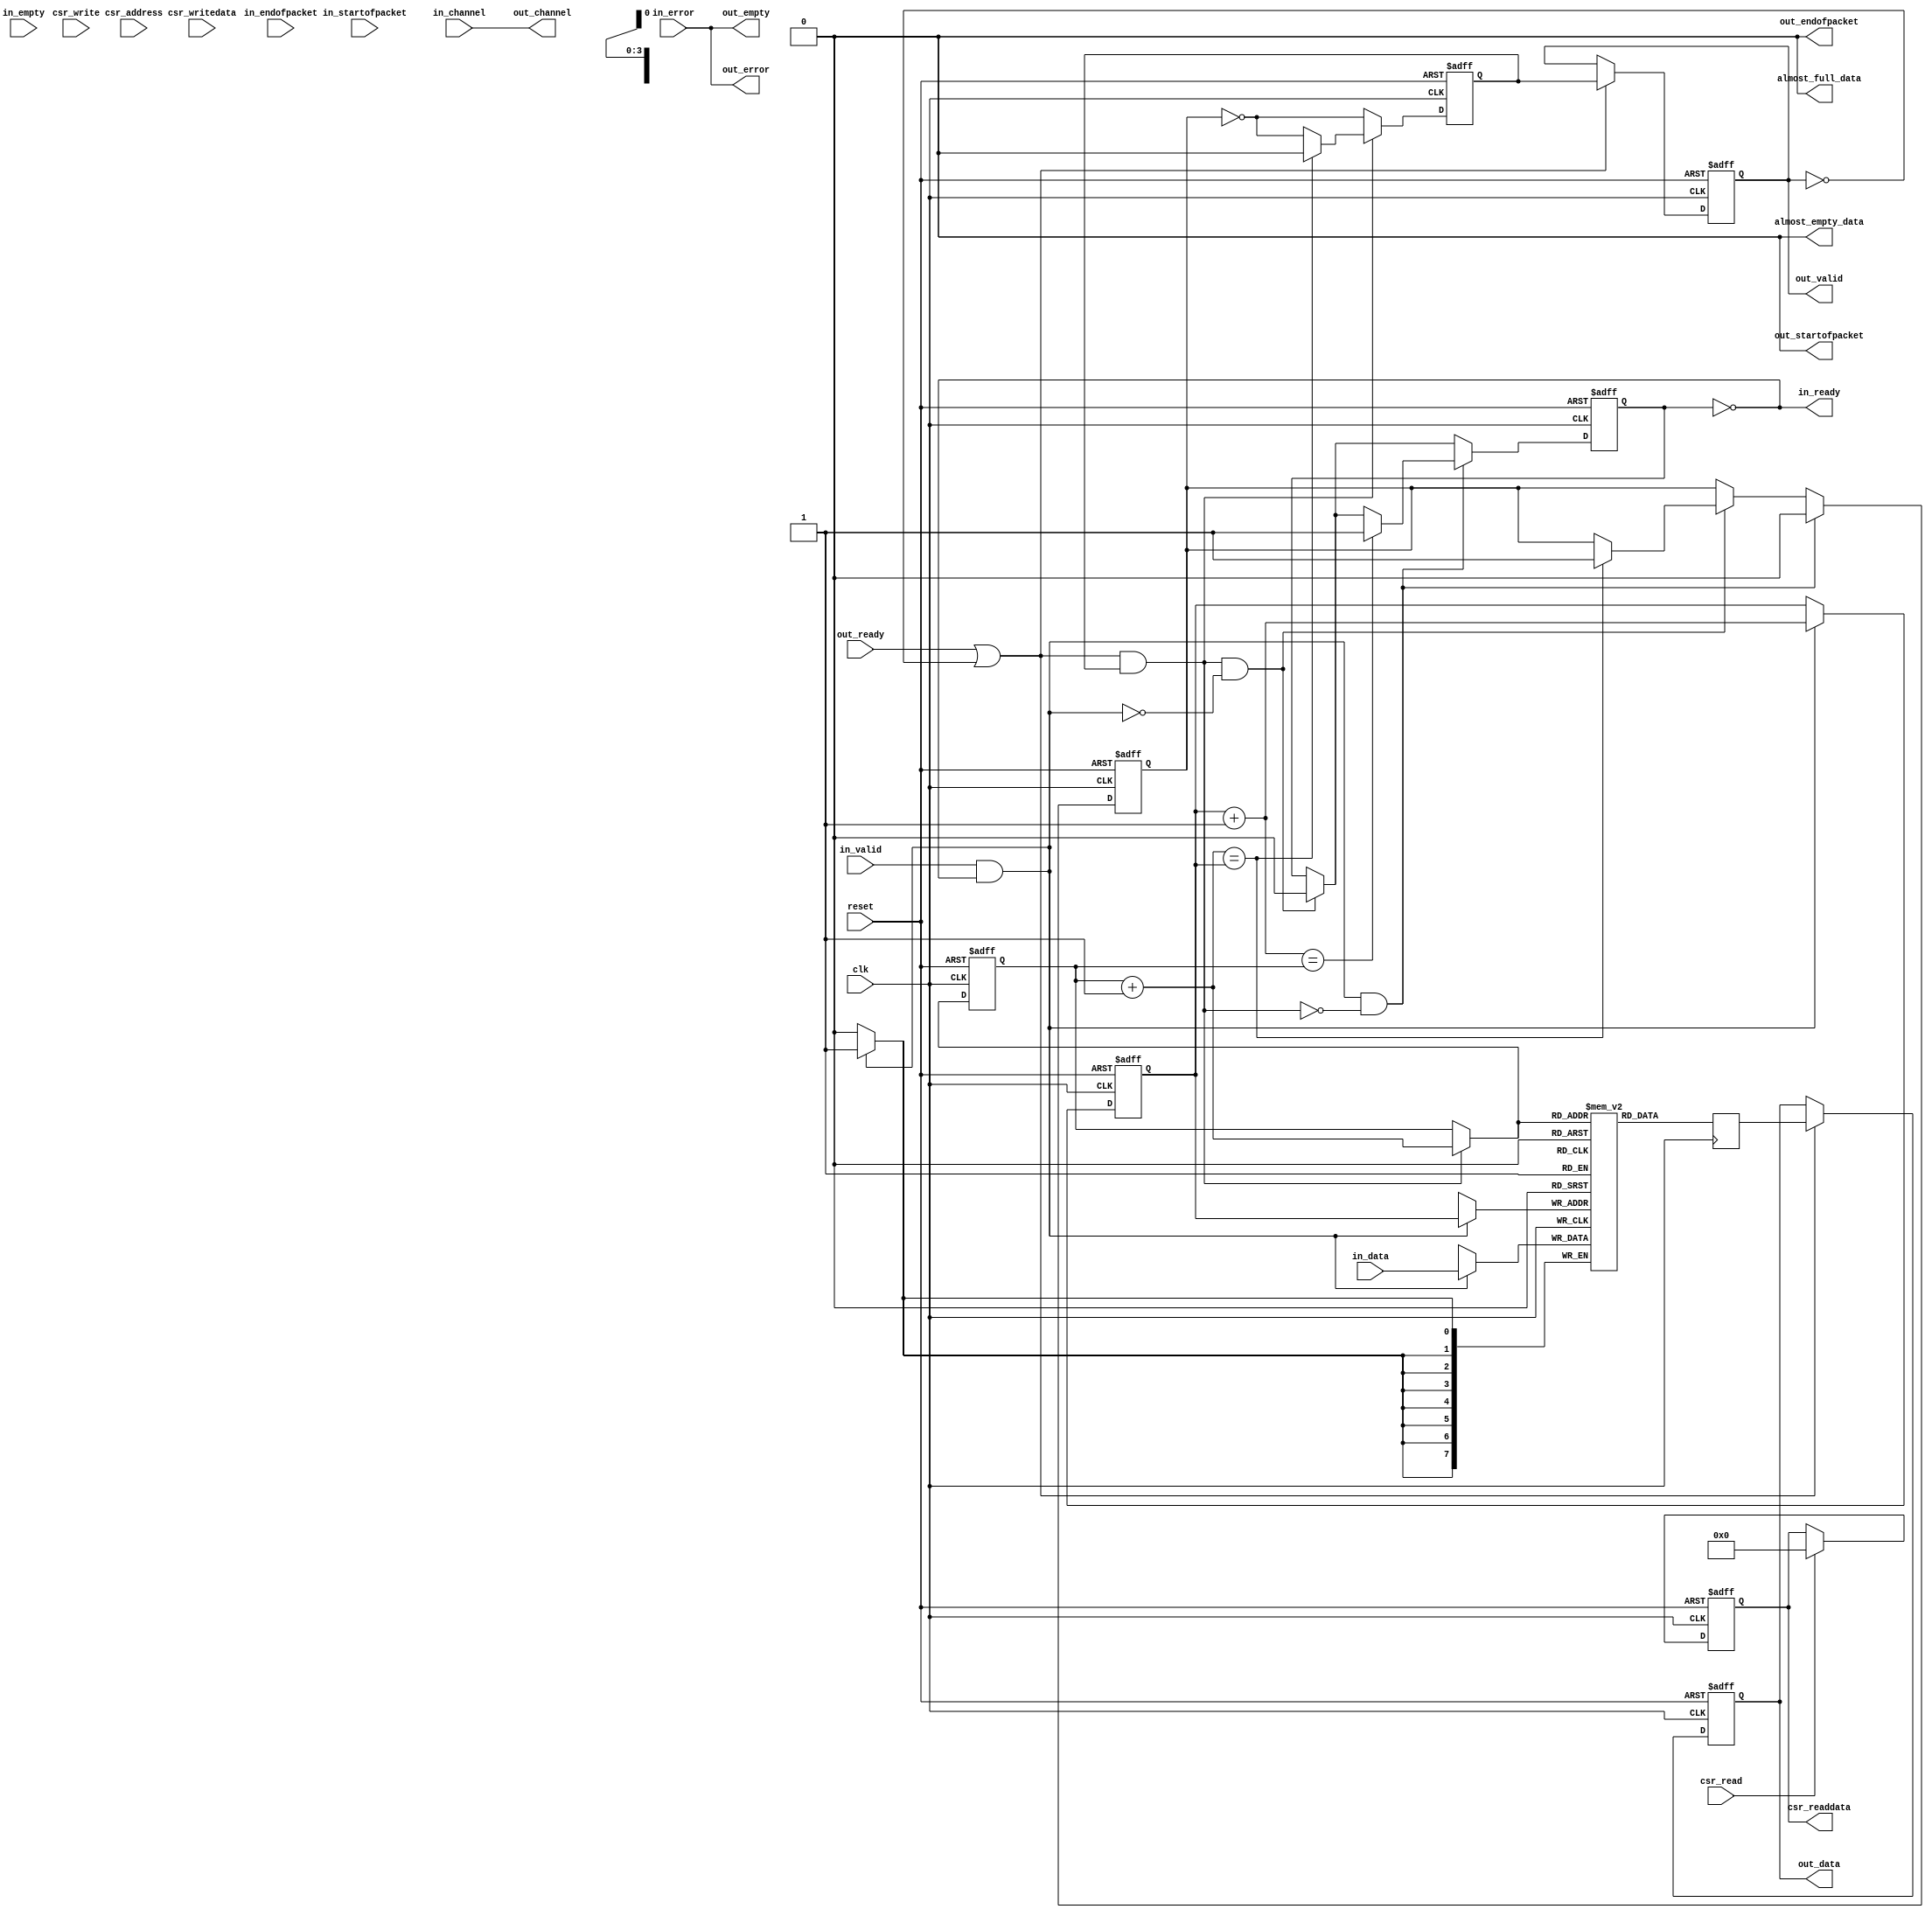
module altera_avalon_sc_fifo
#(
    // --------------------------------------------------
    // Parameters
    // --------------------------------------------------
    parameter SYMBOLS_PER_BEAT  = 1,
    parameter BITS_PER_SYMBOL   = 8,
    parameter FIFO_DEPTH        = 16,
    parameter CHANNEL_WIDTH     = 0,
    parameter ERROR_WIDTH       = 0,
    parameter USE_PACKETS       = 0,
    parameter USE_FILL_LEVEL    = 0,
    parameter USE_STORE_FORWARD = 0,
    parameter USE_ALMOST_FULL_IF = 0,
    parameter USE_ALMOST_EMPTY_IF = 0,

    // --------------------------------------------------
    // Empty latency is defined as the number of cycles
    // required for a write to deassert the empty flag.
    // For example, a latency of 1 means that the empty
    // flag is deasserted on the cycle after a write.
    //
    // Another way to think of it is the latency for a
    // write to propagate to the output. 
    // 
    // An empty latency of 0 implies lookahead, which is
    // only implemented for the register-based FIFO.
    // --------------------------------------------------
    parameter EMPTY_LATENCY     = 3,
    parameter USE_MEMORY_BLOCKS = 1,

    // --------------------------------------------------
    // Internal Parameters
    // --------------------------------------------------
    parameter DATA_WIDTH  = SYMBOLS_PER_BEAT * BITS_PER_SYMBOL,
    parameter EMPTY_WIDTH = log2ceil(SYMBOLS_PER_BEAT)
)
(
    // --------------------------------------------------
    // Ports
    // --------------------------------------------------
    input                       clk,
    input                       reset,

    input [DATA_WIDTH-1: 0]     in_data,
    input                       in_valid,
    input                       in_startofpacket,
    input                       in_endofpacket,
    input [((EMPTY_WIDTH>0) ? (EMPTY_WIDTH-1):0) : 0]     in_empty,
    input [((ERROR_WIDTH>0) ? (ERROR_WIDTH-1):0) : 0]     in_error,
    input [((CHANNEL_WIDTH>0) ? (CHANNEL_WIDTH-1):0): 0]  in_channel,
    output                      in_ready,

    output [DATA_WIDTH-1 : 0]   out_data,
    output reg                  out_valid,
    output                      out_startofpacket,
    output                      out_endofpacket,
    output [((EMPTY_WIDTH>0) ? (EMPTY_WIDTH-1):0) : 0]    out_empty,
    output [((ERROR_WIDTH>0) ? (ERROR_WIDTH-1):0) : 0]    out_error,
    output [((CHANNEL_WIDTH>0) ? (CHANNEL_WIDTH-1):0): 0] out_channel,
    input                       out_ready,

    input [(USE_STORE_FORWARD ? 2 : 1) : 0]   csr_address,
    input                       csr_write,
    input                       csr_read,
    input [31 : 0]              csr_writedata,
    output reg [31 : 0]         csr_readdata,

    output  wire                almost_full_data,
    output  wire                almost_empty_data
);

    // --------------------------------------------------
    // Local Parameters
    // --------------------------------------------------
    localparam ADDR_WIDTH   = log2ceil(FIFO_DEPTH);
    localparam DEPTH        = FIFO_DEPTH;
    localparam PKT_SIGNALS_WIDTH = 2 + EMPTY_WIDTH;
    localparam PAYLOAD_WIDTH     = (USE_PACKETS == 1) ? 
                   2 + EMPTY_WIDTH + DATA_WIDTH + ERROR_WIDTH + CHANNEL_WIDTH:
                   DATA_WIDTH + ERROR_WIDTH + CHANNEL_WIDTH;

    // --------------------------------------------------
    // Internal Signals
    // --------------------------------------------------
    genvar i;

    reg [PAYLOAD_WIDTH-1 : 0] mem [DEPTH-1 : 0];
    reg [ADDR_WIDTH-1 : 0]  wr_ptr;
    reg [ADDR_WIDTH-1 : 0]  rd_ptr;
    reg [DEPTH-1      : 0]  mem_used;

    wire [ADDR_WIDTH-1 : 0] next_wr_ptr;
    wire [ADDR_WIDTH-1 : 0] next_rd_ptr;
    wire [ADDR_WIDTH-1 : 0] incremented_wr_ptr;
    wire [ADDR_WIDTH-1 : 0] incremented_rd_ptr;

    wire [ADDR_WIDTH-1 : 0] mem_rd_ptr;

    wire read;
    wire write;

    reg empty;
    reg next_empty;
    reg full;
    reg next_full;

    wire [PKT_SIGNALS_WIDTH-1 : 0] in_packet_signals;
    wire [PKT_SIGNALS_WIDTH-1 : 0] out_packet_signals;
    wire [PAYLOAD_WIDTH-1 : 0] in_payload;
    reg  [PAYLOAD_WIDTH-1 : 0] internal_out_payload;
    reg  [PAYLOAD_WIDTH-1 : 0] out_payload;

    reg  internal_out_valid;
    wire internal_out_ready;

    reg  [ADDR_WIDTH : 0] fifo_fill_level;
    reg  [ADDR_WIDTH : 0] fill_level;

    reg  [ADDR_WIDTH-1 : 0]   sop_ptr = 0;
    wire [ADDR_WIDTH-1 : 0]   curr_sop_ptr;
    reg  [23:0]   almost_full_threshold;
    reg  [23:0]   almost_empty_threshold;
    reg  [23:0]   cut_through_threshold;
    reg  [15:0]   pkt_cnt;
    reg           drop_on_error_en;
    reg           error_in_pkt;
    reg           pkt_has_started;
    reg           sop_has_left_fifo;
    reg           fifo_too_small_r;
    reg           pkt_cnt_eq_zero;
    reg           pkt_cnt_eq_one;

    wire          wait_for_threshold;
    reg           pkt_mode;
    wire          wait_for_pkt;
    wire          ok_to_forward;
    wire          in_pkt_eop_arrive;
    wire          out_pkt_leave;
    wire          in_pkt_start;
    wire          in_pkt_error;
    wire          drop_on_error;
    wire          fifo_too_small;
    wire          out_pkt_sop_leave;
    wire [31:0]   max_fifo_size;
    reg           fifo_fill_level_lt_cut_through_threshold;

    // --------------------------------------------------
    // Define Payload
    //
    // Icky part where we decide which signals form the
    // payload to the FIFO with generate blocks.
    // --------------------------------------------------
    generate
        if (EMPTY_WIDTH > 0) begin : gen_blk1
            assign in_packet_signals = {in_startofpacket, in_endofpacket, in_empty};
            assign {out_startofpacket, out_endofpacket, out_empty} = out_packet_signals;
        end 
        else begin : gen_blk1_else
            assign out_empty = in_error;
            assign in_packet_signals = {in_startofpacket, in_endofpacket};
            assign {out_startofpacket, out_endofpacket} = out_packet_signals;
        end
    endgenerate

    generate
        if (USE_PACKETS) begin : gen_blk2
            if (ERROR_WIDTH > 0) begin : gen_blk3
                if (CHANNEL_WIDTH > 0) begin : gen_blk4
                    assign in_payload = {in_packet_signals, in_data, in_error, in_channel};
                    assign {out_packet_signals, out_data, out_error, out_channel} = out_payload;
                end
                else begin : gen_blk4_else
                    assign out_channel = in_channel;
                    assign in_payload = {in_packet_signals, in_data, in_error};
                    assign {out_packet_signals, out_data, out_error} = out_payload;
                end
            end
            else begin : gen_blk3_else
                assign out_error = in_error;
                if (CHANNEL_WIDTH > 0) begin : gen_blk5
                    assign in_payload = {in_packet_signals, in_data, in_channel};
                    assign {out_packet_signals, out_data, out_channel} = out_payload;
                end
                else begin : gen_blk5_else
                    assign out_channel = in_channel;
                    assign in_payload = {in_packet_signals, in_data};
                    assign {out_packet_signals, out_data} = out_payload;
                end
            end
        end
        else begin : gen_blk2_else
            assign out_packet_signals = 0;
            if (ERROR_WIDTH > 0) begin : gen_blk6
                if (CHANNEL_WIDTH > 0) begin : gen_blk7
                    assign in_payload = {in_data, in_error, in_channel};
                    assign {out_data, out_error, out_channel} = out_payload;
                end
                else begin : gen_blk7_else
                    assign out_channel = in_channel;
                    assign in_payload = {in_data, in_error};
                    assign {out_data, out_error} = out_payload;
                end
            end
            else begin : gen_blk6_else
                assign out_error = in_error;
                if (CHANNEL_WIDTH > 0) begin : gen_blk8
                    assign in_payload = {in_data, in_channel};
                    assign {out_data, out_channel} = out_payload;
                end
                else begin : gen_blk8_else
                    assign out_channel = in_channel;
                    assign in_payload = in_data;
                    assign out_data = out_payload;
                end
            end
        end
    endgenerate

    // --------------------------------------------------
    // Memory-based FIFO storage
    //
    // To allow a ready latency of 0, the read index is 
    // obtained from the next read pointer and memory 
    // outputs are unregistered.
    //
    // If the empty latency is 1, we infer bypass logic
    // around the memory so writes propagate to the
    // outputs on the next cycle.
    //
    // Do not change the way this is coded: Quartus needs
    // a perfect match to the template, and any attempt to 
    // refactor the two always blocks into one will break
    // memory inference.
    // --------------------------------------------------
    generate if (USE_MEMORY_BLOCKS == 1) begin  : gen_blk9

        if (EMPTY_LATENCY == 1) begin : gen_blk10

            always @(posedge clk) begin
                if (in_valid && in_ready)
                    mem[wr_ptr] = in_payload;

                internal_out_payload = mem[mem_rd_ptr];
            end

        end else begin : gen_blk10_else

            always @(posedge clk) begin
                if (in_valid && in_ready)
                    mem[wr_ptr] <= in_payload;

                internal_out_payload <= mem[mem_rd_ptr];
            end

        end

        assign mem_rd_ptr = next_rd_ptr;
    
    end else begin : gen_blk9_else

    // --------------------------------------------------
    // Register-based FIFO storage
    //
    // Uses a shift register as the storage element. Each
    // shift register slot has a bit which indicates if
    // the slot is occupied (credit to Sam H for the idea).
    // The occupancy bits are contiguous and start from the
    // lsb, so 0000, 0001, 0011, 0111, 1111 for a 4-deep
    // FIFO.
    // 
    // Each slot is enabled during a read or when it
    // is unoccupied. New data is always written to every
    // going-to-be-empty slot (we keep track of which ones
    // are actually useful with the occupancy bits). On a
    // read we shift occupied slots.
    // 
    // The exception is the last slot, which always gets 
    // new data when it is unoccupied.
    // --------------------------------------------------
        for (i = 0; i < DEPTH-1; i = i + 1) begin : shift_reg
            always @(posedge clk or posedge reset) begin
                if (reset) begin
                    mem[i] <= 0;
                end 
                else if (read || !mem_used[i]) begin
                    if (!mem_used[i+1])
                        mem[i] <= in_payload;
                    else
                        mem[i] <= mem[i+1];
                end
            end
        end

        always @(posedge clk, posedge reset) begin
            if (reset) begin
                mem[DEPTH-1] <= 0;
            end 
            else begin
                if (DEPTH == 1) begin
                    if (write)
                        mem[DEPTH-1] <= in_payload;
                end
                else if (!mem_used[DEPTH-1])
                    mem[DEPTH-1] <= in_payload;    
            end
        end

    end
    endgenerate

    assign read  = internal_out_ready && internal_out_valid  && ok_to_forward;
    assign write = in_ready && in_valid;

    // --------------------------------------------------
    // Pointer Management
    // --------------------------------------------------
    generate if (USE_MEMORY_BLOCKS == 1) begin : gen_blk11

        assign incremented_wr_ptr = wr_ptr + 1'b1;
        assign incremented_rd_ptr = rd_ptr + 1'b1;
        assign next_wr_ptr =  drop_on_error ? curr_sop_ptr : write ?  incremented_wr_ptr : wr_ptr;
        assign next_rd_ptr = (read) ? incremented_rd_ptr : rd_ptr;

        always @(posedge clk or posedge reset) begin
            if (reset) begin
                wr_ptr <= 0;
                rd_ptr <= 0;
            end
            else begin
                wr_ptr <= next_wr_ptr;
                rd_ptr <= next_rd_ptr;
            end
        end

    end else begin : gen_blk11_else

    // --------------------------------------------------
    // Shift Register Occupancy Bits
    //
    // Consider a 4-deep FIFO with 2 entries: 0011
    // On a read and write, do not modify the bits.
    // On a write, left-shift the bits to get 0111.
    // On a read, right-shift the bits to get 0001.
    //
    // Also, on a write we set bit0 (the head), while
    // clearing the tail on a read.
    // --------------------------------------------------
        always @(posedge clk or posedge reset) begin
            if (reset) begin
                mem_used[0] <= 0;
            end 
            else begin
                if (write ^ read) begin
                    if (write)
                        mem_used[0] <= 1;
                    else if (read) begin
                        if (DEPTH > 1)
                            mem_used[0] <= mem_used[1];
                        else
                            mem_used[0] <= 0;
                    end    
                end
            end
        end

        if (DEPTH > 1) begin : gen_blk12
            always @(posedge clk or posedge reset) begin
                if (reset) begin
                    mem_used[DEPTH-1] <= 0;
                end
                else begin 
                    if (write ^ read) begin            
                        mem_used[DEPTH-1] <= 0;
                        if (write)
                            mem_used[DEPTH-1] <= mem_used[DEPTH-2];
                    end
                end
            end
          end
     
        for (i = 1; i < DEPTH-1; i = i + 1) begin : storage_logic
            always @(posedge clk, posedge reset) begin
                if (reset) begin
                    mem_used[i] <= 0;
                end 
                else begin
                    if (write ^ read) begin
                        if (write)
                            mem_used[i] <= mem_used[i-1];
                        else if (read)
                            mem_used[i] <= mem_used[i+1];     
                    end
                end
            end
        end
     
    end
    endgenerate


    // --------------------------------------------------
    // Memory FIFO Status Management
    //
    // Generates the full and empty signals from the
    // pointers. The FIFO is full when the next write 
    // pointer will be equal to the read pointer after
    // a write. Reading from a FIFO clears full.
    //
    // The FIFO is empty when the next read pointer will
    // be equal to the write pointer after a read. Writing
    // to a FIFO clears empty.
    //
    // A simultaneous read and write must not change any of 
    // the empty or full flags unless there is a drop on error event.
    // --------------------------------------------------
    generate if (USE_MEMORY_BLOCKS == 1) begin : gen_blk13

        always @* begin
            next_full = full;
            next_empty = empty;
     
            if (read && !write) begin
                next_full = 1'b0;
     
                if (incremented_rd_ptr == wr_ptr)
                    next_empty = 1'b1;
            end
            
            if (write && !read) begin
                if (!drop_on_error)
                  next_empty = 1'b0;
                else if (curr_sop_ptr == rd_ptr)   // drop on error and only 1 pkt in fifo
                  next_empty = 1'b1;
     
                if (incremented_wr_ptr == rd_ptr && !drop_on_error)
                    next_full = 1'b1;
            end

            if (write && read && drop_on_error) begin
                if (curr_sop_ptr == next_rd_ptr)
                  next_empty = 1'b1;
            end
        end
     
        always @(posedge clk or posedge reset) begin
            if (reset) begin
                empty <= 1;
                full  <= 0;
            end
            else begin 
                empty <= next_empty;
                full  <= next_full;
            end
        end

    end else begin : gen_blk13_else
    // --------------------------------------------------
    // Register FIFO Status Management
    //
    // Full when the tail occupancy bit is 1. Empty when
    // the head occupancy bit is 0.
    // --------------------------------------------------
        always @* begin
            full  = mem_used[DEPTH-1];
            empty = !mem_used[0];

            // ------------------------------------------
            // For a single slot FIFO, reading clears the
            // full status immediately.
            // ------------------------------------------
            if (DEPTH == 1)
                full = mem_used[0] && !read;

            internal_out_payload = mem[0];

            // ------------------------------------------
            // Writes clear empty immediately for lookahead modes.
            // Note that we use in_valid instead of write to avoid
            // combinational loops (in lookahead mode, qualifying
            // with in_ready is meaningless).
            //
            // In a 1-deep FIFO, a possible combinational loop runs
            // from write -> out_valid -> out_ready -> write
            // ------------------------------------------
            if (EMPTY_LATENCY == 0) begin
                empty = !mem_used[0] && !in_valid;

                if (!mem_used[0] && in_valid)
                    internal_out_payload = in_payload;
            end
        end

    end
    endgenerate

    // --------------------------------------------------
    // Avalon-ST Signals
    //
    // The in_ready signal is straightforward. 
    //
    // To match memory latency when empty latency > 1, 
    // out_valid assertions must be delayed by one clock
    // cycle.
    //
    // Note: out_valid deassertions must not be delayed or 
    // the FIFO will underflow.
    // --------------------------------------------------
    assign in_ready = !full;
    assign internal_out_ready = out_ready || !out_valid;

    generate if (EMPTY_LATENCY > 1) begin : gen_blk14
        always @(posedge clk or posedge reset) begin
            if (reset)
                internal_out_valid <= 0;
            else begin
                internal_out_valid <= !empty & ok_to_forward & ~drop_on_error;

                if (read) begin
                    if (incremented_rd_ptr == wr_ptr)
                        internal_out_valid <= 1'b0;
                end
            end
        end
    end else begin : gen_blk14_else
        always @* begin
            internal_out_valid = !empty & ok_to_forward;
        end
    end
    endgenerate

    // --------------------------------------------------
    // Single Output Pipeline Stage
    //
    // This output pipeline stage is enabled if the FIFO's 
    // empty latency is set to 3 (default). It is disabled
    // for all other allowed latencies.
    //
    // Reason: The memory outputs are unregistered, so we have to
    // register the output or fmax will drop if combinatorial
    // logic is present on the output datapath.
    // 
    // Q: The Avalon-ST spec says that I have to register my outputs
    //    But isn't the memory counted as a register?
    // A: The path from the address lookup to the memory output is
    //    slow. Registering the memory outputs is a good idea. 
    //
    // The registers get packed into the memory by the fitter
    // which means minimal resources are consumed (the result
    // is a altsyncram with registered outputs, available on 
    // all modern Altera devices). 
    //
    // This output stage acts as an extra slot in the FIFO, 
    // and complicates the fill level.
    // --------------------------------------------------
    generate if (EMPTY_LATENCY == 3) begin : gen_blk15
        always @(posedge clk or posedge reset) begin
            if (reset) begin
                out_valid   <= 0;
                out_payload <= 0;
            end
            else begin
                if (internal_out_ready) begin
                    out_valid   <= internal_out_valid & ok_to_forward;
                    out_payload <= internal_out_payload;
                end
            end
        end
    end
    else begin : gen_blk15_else
        always @* begin
            out_valid   = internal_out_valid;
            out_payload = internal_out_payload;
        end
    end
    endgenerate

    // --------------------------------------------------
    // Fill Level
    //
    // The fill level is calculated from the next write
    // and read pointers to avoid unnecessary latency
    // and logic.
    //
    // However, if the store-and-forward mode of the FIFO
    // is enabled, the fill level is an up-down counter
    // for fmax optimization reasons.
    //
    // If the output pipeline is enabled, the fill level 
    // must account for it, or we'll always be off by one.
    // This may, or may not be important depending on the
    // application.
    //
    // For now, we'll always calculate the exact fill level
    // at the cost of an extra adder when the output stage
    // is enabled.
    // --------------------------------------------------
    generate if (USE_FILL_LEVEL) begin : gen_blk16
        wire [31:0] depth32;
        assign depth32 = DEPTH;

        if (USE_STORE_FORWARD) begin

            reg [ADDR_WIDTH : 0] curr_packet_len_less_one;
            
            // --------------------------------------------------
            // We only drop on endofpacket. As long as we don't add to the fill
            // level on the dropped endofpacket cycle, we can simply subtract
            // (packet length - 1) from the fill level for dropped packets.
            // --------------------------------------------------
            always @(posedge clk or posedge reset) begin
                if (reset) begin
                    curr_packet_len_less_one <= 0;
                end else begin
                    if (write) begin
                        curr_packet_len_less_one <= curr_packet_len_less_one + 1'b1;
                        if (in_endofpacket)
                            curr_packet_len_less_one <= 0;
                    end
                end
            end

            always @(posedge clk or posedge reset) begin
                if (reset) begin
                    fifo_fill_level <= 0;
                end else if (drop_on_error) begin
                    fifo_fill_level <= fifo_fill_level - curr_packet_len_less_one;
                    if (read)
                        fifo_fill_level <= fifo_fill_level - curr_packet_len_less_one - 1'b1;
                end else if (write && !read) begin
                    fifo_fill_level <= fifo_fill_level + 1'b1;
                end else if (read && !write) begin
                    fifo_fill_level <= fifo_fill_level - 1'b1;
                end
            end

        end else begin

            always @(posedge clk or posedge reset) begin
                if (reset) 
                    fifo_fill_level <= 0;
                else if (next_full & !drop_on_error)
                    fifo_fill_level <= depth32[ADDR_WIDTH:0];
                else begin
                    fifo_fill_level[ADDR_WIDTH]     <= 1'b0;
                    fifo_fill_level[ADDR_WIDTH-1 : 0] <= next_wr_ptr - next_rd_ptr;
                end
            end

        end

        always @* begin
            fill_level = fifo_fill_level;

            if (EMPTY_LATENCY == 3)
                fill_level = fifo_fill_level + {{ADDR_WIDTH{1'b0}}, out_valid};
        end
    end
    else begin : gen_blk16_else
        always @* begin
            fill_level = 0;
        end  
    end
    endgenerate

    generate if (USE_ALMOST_FULL_IF) begin : gen_blk17
      assign almost_full_data = (fill_level >= almost_full_threshold);
    end
    else
      assign almost_full_data = 0;
    endgenerate

    generate if (USE_ALMOST_EMPTY_IF) begin : gen_blk18
      assign almost_empty_data = (fill_level <= almost_empty_threshold);
    end
    else
      assign almost_empty_data = 0;
    endgenerate

    // --------------------------------------------------
    // Avalon-MM Status & Control Connection Point
    //
    // Register map:
    //
    // | Addr   | RW |     31 - 0      |
    // |  0     | R  |   Fill level    |
    //
    // The registering of this connection point means
    // that there is a cycle of latency between 
    // reads/writes and the updating of the fill level.
    // --------------------------------------------------
    generate if (USE_STORE_FORWARD) begin : gen_blk19
    assign max_fifo_size = FIFO_DEPTH - 1;
      always @(posedge clk or posedge reset) begin
          if (reset) begin
              almost_full_threshold  <= max_fifo_size[23 : 0];
              almost_empty_threshold <= 0;
              cut_through_threshold  <= 0;
              drop_on_error_en       <= 0;
              csr_readdata           <= 0;
              pkt_mode               <= 1'b1;
          end
          else begin
              if (csr_read) begin
                csr_readdata <= 32'b0;
                if (csr_address == 5)
                    csr_readdata <= {31'b0, drop_on_error_en};
                else if (csr_address == 4)
                    csr_readdata <= {8'b0, cut_through_threshold};
                else if (csr_address == 3)
                    csr_readdata <= {8'b0, almost_empty_threshold};
                else if (csr_address == 2)
                    csr_readdata <= {8'b0, almost_full_threshold};
                else if (csr_address == 0)
                    csr_readdata <= {{(31 - ADDR_WIDTH){1'b0}}, fill_level};
             end
             else if (csr_write) begin
               if(csr_address == 3'b101)
                   drop_on_error_en       <= csr_writedata[0];
               else if(csr_address == 3'b100) begin
                   cut_through_threshold  <= csr_writedata[23:0];
                   pkt_mode <= (csr_writedata[23:0] == 0);
               end
               else if(csr_address == 3'b011)
                    almost_empty_threshold <= csr_writedata[23:0];
               else if(csr_address == 3'b010)
                  almost_full_threshold  <= csr_writedata[23:0];
             end     
          end
      end
    end
    else if (USE_ALMOST_FULL_IF || USE_ALMOST_EMPTY_IF) begin : gen_blk19_else1
    assign max_fifo_size = FIFO_DEPTH - 1;
      always @(posedge clk or posedge reset) begin
          if (reset) begin
              almost_full_threshold  <= max_fifo_size[23 : 0];
              almost_empty_threshold <= 0;
              csr_readdata           <= 0;
          end
          else begin
             if (csr_read) begin
                csr_readdata <= 32'b0;
                if (csr_address == 3)
                    csr_readdata <= {8'b0, almost_empty_threshold};
                else if (csr_address == 2)
                    csr_readdata <= {8'b0, almost_full_threshold};
                else if (csr_address == 0)
                    csr_readdata <= {{(31 - ADDR_WIDTH){1'b0}}, fill_level};
             end
             else if (csr_write) begin
               if(csr_address == 3'b011)
                   almost_empty_threshold <= csr_writedata[23:0];
               else if(csr_address == 3'b010)
                  almost_full_threshold  <= csr_writedata[23:0];
             end       
          end
      end
    end
    else begin : gen_blk19_else2
      always @(posedge clk or posedge reset) begin
          if (reset) begin
              csr_readdata <= 0;
          end
          else if (csr_read) begin
              csr_readdata <= 0;

              if (csr_address == 0) 
                  csr_readdata <= {{(31 - ADDR_WIDTH){1'b0}}, fill_level};
          end
      end
    end
    endgenerate

    // --------------------------------------------------
    // Store and forward logic
    // --------------------------------------------------
    // if the fifo gets full before the entire packet or the
    // cut-threshold condition is met then start sending out
    // data in order to avoid dead-lock situation

    generate if (USE_STORE_FORWARD) begin : gen_blk20
      assign wait_for_threshold   = (fifo_fill_level_lt_cut_through_threshold) & wait_for_pkt ;
      assign wait_for_pkt         = pkt_cnt_eq_zero  | (pkt_cnt_eq_one  & out_pkt_leave);
      assign ok_to_forward        = (pkt_mode ? (~wait_for_pkt | ~pkt_has_started) : 
                                     ~wait_for_threshold) | fifo_too_small_r;
      assign in_pkt_eop_arrive    = in_valid & in_ready & in_endofpacket;
      assign in_pkt_start         = in_valid & in_ready & in_startofpacket;
      assign in_pkt_error         = in_valid & in_ready & |in_error;
      assign out_pkt_sop_leave    = out_valid & out_ready & out_startofpacket;
      assign out_pkt_leave        = out_valid & out_ready & out_endofpacket;
      assign fifo_too_small       = (pkt_mode ? wait_for_pkt : wait_for_threshold) & full & out_ready;

      // count packets coming and going into the fifo
      always @(posedge clk or posedge reset) begin
        if (reset) begin
          pkt_cnt           <= 0;
          pkt_has_started   <= 0;
          sop_has_left_fifo <= 0;
          fifo_too_small_r  <= 0;
          pkt_cnt_eq_zero   <= 1'b1;
          pkt_cnt_eq_one    <= 1'b0;
          fifo_fill_level_lt_cut_through_threshold <= 1'b1;
        end
        else begin
          fifo_fill_level_lt_cut_through_threshold <= fifo_fill_level < cut_through_threshold;
          fifo_too_small_r <= fifo_too_small;

          if( in_pkt_eop_arrive )
            sop_has_left_fifo <= 1'b0;
          else if (out_pkt_sop_leave & pkt_cnt_eq_zero )
            sop_has_left_fifo <= 1'b1;

          if (in_pkt_eop_arrive & ~out_pkt_leave & ~drop_on_error ) begin
            pkt_cnt <= pkt_cnt + 1'b1;
            pkt_cnt_eq_zero <= 0;
            if (pkt_cnt == 0)
              pkt_cnt_eq_one <= 1'b1;
            else
              pkt_cnt_eq_one <= 1'b0;
          end
          else if((~in_pkt_eop_arrive | drop_on_error) & out_pkt_leave) begin
            pkt_cnt <= pkt_cnt - 1'b1;
            if (pkt_cnt == 1) 
              pkt_cnt_eq_zero <= 1'b1;
            else
              pkt_cnt_eq_zero <= 1'b0;
            if (pkt_cnt == 2) 
              pkt_cnt_eq_one <= 1'b1;
            else
              pkt_cnt_eq_one <= 1'b0;
          end

          if (in_pkt_start)
            pkt_has_started <= 1'b1;
          else if (in_pkt_eop_arrive)
            pkt_has_started <= 1'b0;
        end
      end

      // drop on error logic
      always @(posedge clk or posedge reset) begin
        if (reset) begin
          sop_ptr <= 0;
          error_in_pkt <= 0;
        end
        else begin
          // save the location of the SOP
          if ( in_pkt_start ) 
            sop_ptr <= wr_ptr;

          // remember if error in pkt
          // log error only if packet has already started
          if (in_pkt_eop_arrive)
            error_in_pkt <= 1'b0;
          else if ( in_pkt_error & (pkt_has_started | in_pkt_start))
            error_in_pkt <= 1'b1;
        end
      end

      assign drop_on_error = drop_on_error_en & (error_in_pkt | in_pkt_error) & in_pkt_eop_arrive & 
                            ~sop_has_left_fifo & ~(out_pkt_sop_leave & pkt_cnt_eq_zero);

      assign curr_sop_ptr = (write && in_startofpacket && in_endofpacket) ? wr_ptr : sop_ptr;

    end
    else begin : gen_blk20_else
      assign ok_to_forward = 1'b1;
      assign drop_on_error = 1'b0;
      if (ADDR_WIDTH <= 1)
        assign curr_sop_ptr = 1'b0;
      else
        assign curr_sop_ptr = {ADDR_WIDTH - 1 { 1'b0 }};
    end
    endgenerate


    // --------------------------------------------------
    // Calculates the log2ceil of the input value
    // --------------------------------------------------
    function integer log2ceil;
        input integer val;
        reg[31:0] i;

        begin
            i = 1;
            log2ceil = 0;

            while (i < val) begin
                log2ceil = log2ceil + 1;
                i = i[30:0] << 1;
            end
        end
    endfunction

endmodule